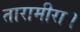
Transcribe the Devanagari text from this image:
तारामीरा।